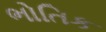
ભોતિક